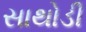
સાથોડી